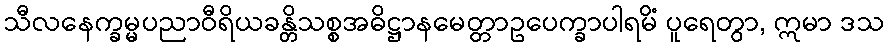
သီလနေက္ခမ္မပညာဝီရိယခန္တိသစ္စအဓိဋ္ဌာနမေတ္တာဥပေက္ခာပါရမိံ ပူရေတွာ, ဣမာ ဒသ